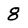
Character: 8